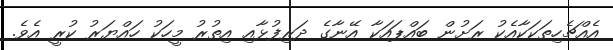
އެއްޗެހިތަކަކާއެކު ރަށުން ބައްޕައަކާ އޭނާގެ ދަރިފުޅާއި އިތުރު މީހަކު ހައްޔަރު ކުރީ އެވެ.